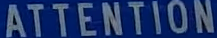
ATTENTION